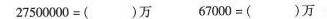
$$ 27500000=( )万 $$ 67000=( )万